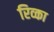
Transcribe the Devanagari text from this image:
रिव्का